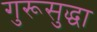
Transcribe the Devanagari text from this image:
गुरूसुद्धा